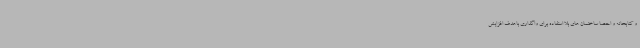
و کتابخانه و احصا ساختمان های بلا استفاده برای واگذاری باهدف افزایش